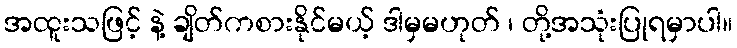
အထူးသဖြင့် နဲ့ ချိတ်ကစားနိုင်မယ့် ဒါမှမဟုတ် ၊ တို့အသုံးပြုရမှာပါ။